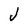
Character: J